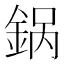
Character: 𬫚